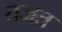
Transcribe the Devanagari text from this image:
तजत